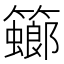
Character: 𥶨